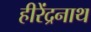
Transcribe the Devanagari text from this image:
हीरेंद्रनाथ